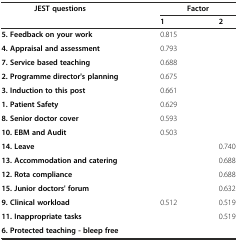
<table><thead><tr><td rowspan="2"><b>JEST questions</b></td><td colspan="2"><b>Factor</b></td></tr><tr><td><b>1</b></td><td><b>2</b></td></tr></thead><tbody><tr><td><b>5. Feedback on your work</b></td><td>0.815</td><td></td></tr><tr><td><b>4. Appraisal and assessment</b></td><td>0.793</td><td></td></tr><tr><td><b>7. Service based teaching</b></td><td>0.688</td><td></td></tr><tr><td><b>2. Programme director&#x27;s planning</b></td><td>0.675</td><td></td></tr><tr><td><b>3. Induction to this post</b></td><td>0.661</td><td></td></tr><tr><td><b>1. Patient Safety</b></td><td>0.629</td><td></td></tr><tr><td><b>8. Senior doctor cover</b></td><td>0.593</td><td></td></tr><tr><td><b>10. EBM and Audit</b></td><td>0.503</td><td></td></tr><tr><td><b>14. Leave</b></td><td></td><td>0.740</td></tr><tr><td><b>13. Accommodation and catering</b></td><td></td><td>0.688</td></tr><tr><td><b>12. Rota compliance</b></td><td></td><td>0.688</td></tr><tr><td><b>15. Junior doctors&#x27; forum</b></td><td></td><td>0.632</td></tr><tr><td><b>9. Clinical workload</b></td><td>0.512</td><td>0.519</td></tr><tr><td><b>11. Inappropriate tasks</b></td><td></td><td>0.519</td></tr><tr><td><b>6. Protected teaching - bleep free</b></td><td></td><td></td></tr></tbody></table>